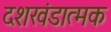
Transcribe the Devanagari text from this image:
दशखंडात्मक